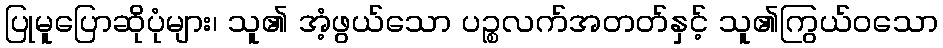
ပြုမူပြောဆိုပုံများ၊ သူ၏ အံ့ဖွယ်သော ပဉ္စလက်အတတ်နှင့် သူ၏ကြွယ်ဝသော